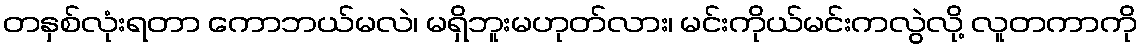
တနှစ်လုံးရတာ ကောဘယ်မလဲ၊ မရှိဘူးမဟုတ်လား၊ မင်းကိုယ်မင်းကလွဲလို့ လူတကာကို